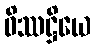
ဝိဿဋ္ဌိယေ